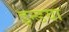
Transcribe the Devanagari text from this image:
इन्डया